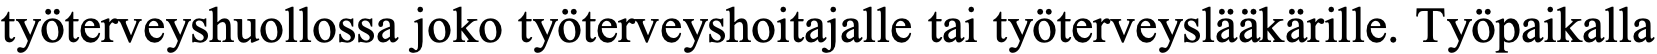
työterveyshuollossa joko työterveyshoitajalle tai työterveyslääkärille. Työpaikalla